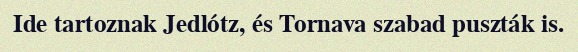
Ide tartoznak Jedlótz, és Tornava szabad puszták is.